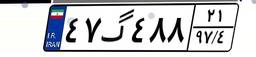
۸۲گ۰۸۶۴۰